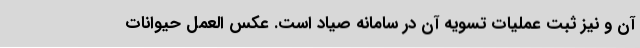
آن و نیز ثبت عملیات تسویه آن در سامانه صیاد است. عکس العمل حیوانات